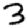
Digit: 3